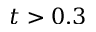
t > 0 . 3